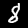
Digit: 8